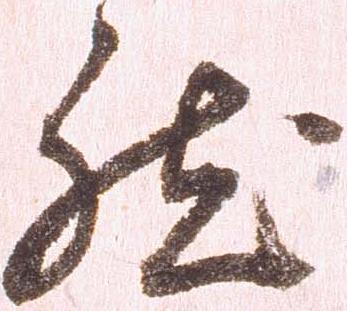
然